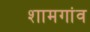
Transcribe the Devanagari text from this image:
शामगांव